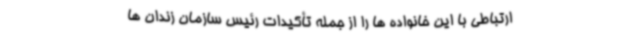
ارتباطی با این خانواده ها را از جمله تأکیدات رئیس سازمان زندان ها